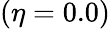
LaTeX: (\eta=0.0)